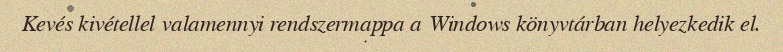
Kevés kivétellel valamennyi rendszermappa a Windows könyvtárban helyezkedik el.